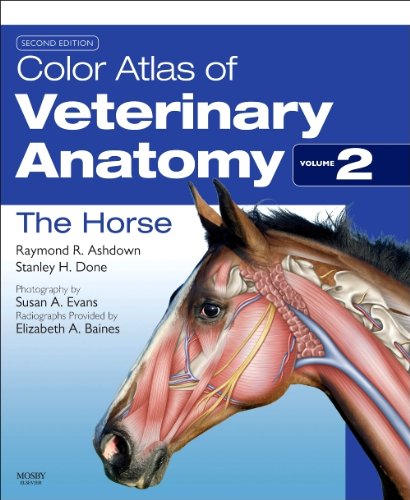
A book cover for Color Atlas of Veterinary Anatomy, Volume 2, The Horse, 2e; Raymond R. Ashdown BVSc PhD MRCVS; Medical Books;